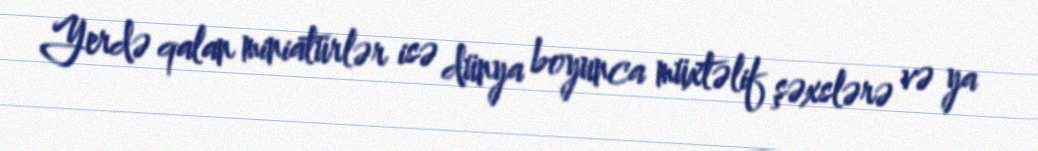
Yerdə qalan miniatürlər isə dünya boyunca müxtəlif şəxslərə və ya